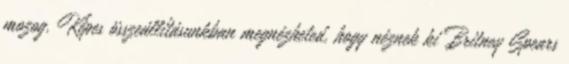
mozog. Képes összeállításunkban megnézheted, hogy néznek ki Britney Spears